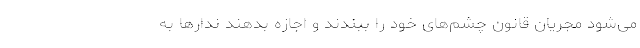
می‌شود مجریان قانون چشم‌های خود را ببندند و اجازه بدهند ندارها به